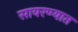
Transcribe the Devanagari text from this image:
सावरण्यात